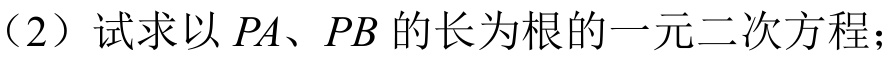
（2）试求以 \(PA\)、\(PB\) 的长为根的一元二次方程；